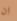
ان